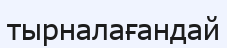
тырналағандай